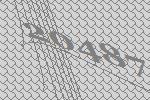
20487